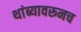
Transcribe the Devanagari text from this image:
थांब्यावरूनच